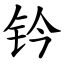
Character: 钤